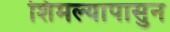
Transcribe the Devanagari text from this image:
शिमल्यापासुन